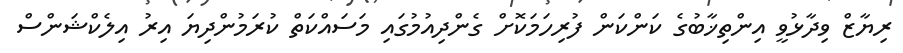
ރިޔާޒް ވިދާޅުވީ އިންތިޚާބުގެ ކަންކަން ފުރިހަމަކޮށް ގެންދިއުމުގައި މަސައްކަތް ކުރަމުންދިޔަ އިރު އިލެކްޝަންސް